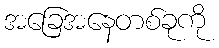
အခြေအနေတစ်ခုကို